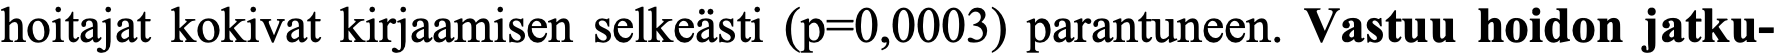
hoitajat kokivat kirjaamisen selkeästi (p=0,0003) parantuneen. Vastuu hoidon jatku-